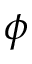
\phi